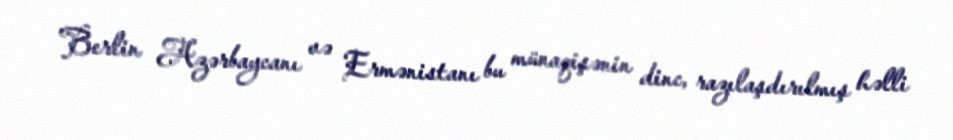
Berlin Azərbaycanı və Ermənistanı bu münaqişənin dinc, razılaşdırılmış həlli